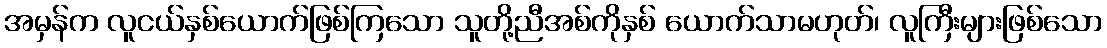
အမှန်က လူငယ်နှစ်ယောက်ဖြစ်ကြသော သူတို့ညီအစ်ကိုနှစ် ယောက်သာမဟုတ်၊ လူကြီးများဖြစ်သော